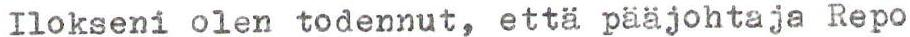
Ilokseni olen todennut, että pääjohtaja Repo